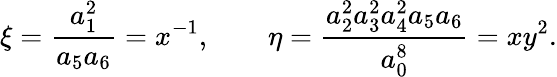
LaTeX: \xi=\frac{a_{1}^{2}}{a_{5}a_{6}}=x^{-1},\qquad\eta=\frac{a_{2}^{2}a_{3}^{2}a_{4}^{2}a_{5}a_{6}}{a_{0}^{8}}=xy^{2}.